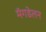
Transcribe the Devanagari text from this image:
मॅगडेलन